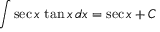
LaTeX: \int \sec { x } \, \tan { x } \, d x = \sec { x } + C